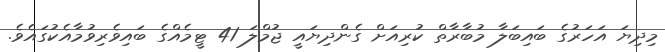
މިދިޔަ އަހަރުގެ ބައިބަލާ މުބާރާތް ކުރިއަށް ގެންދިޔައީ ޖުމްލަ 41 ޓީމެއްގެ ބައިވެރިވުމާއެކުގައެވެ.